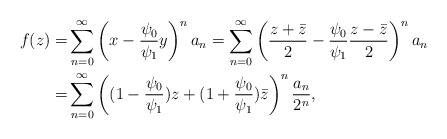
\begin{align*}f(z)= & \sum_{n=0}^{\infty}\left( x - \frac{ \psi_0}{\psi_1} y \right)^n a_n = \sum_{n=0}^{\infty}\left( \frac{z +\bar z}{2} - \frac{ \psi_0}{\psi_1} \frac{z -\bar z}{2} \right)^n a_n \\= & \sum_{n=0}^{\infty}\left( (1 - \frac{ \psi_0}{\psi_1} ) z + (1 + \frac{ \psi_0}{\psi_1} ) \bar z \right)^n \frac{ a_n}{2^n}, \end{align*}